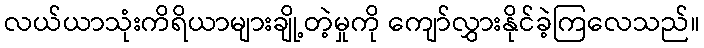
လယ်ယာသုံးကိရိယာများချို့တဲ့မှုကို ကျော်လွှားနိုင်ခဲ့ကြလေသည်။